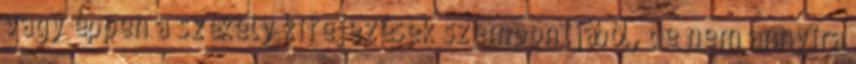
vagy éppen a székely kifejezések szempontjából, de nem annyira